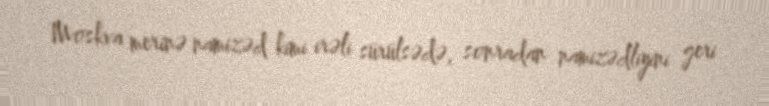
Moskva merinə namizəd kimi irəli sürülsədə, sonradan namizədliyini geri